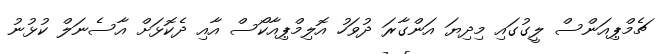
ޗެމްޕިއަންސް ލީގުގައި މިދިޔަ އަންގާރަ ދުވަހު އޮލިމްޕިއާކޯސް އާއި ދެކޮޅަށް އާސެނަލް ކުޅުނު